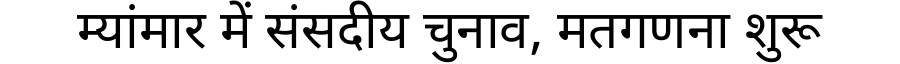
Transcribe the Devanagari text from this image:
म्यांमार में संसदीय चुनाव, मतगणना शुरू